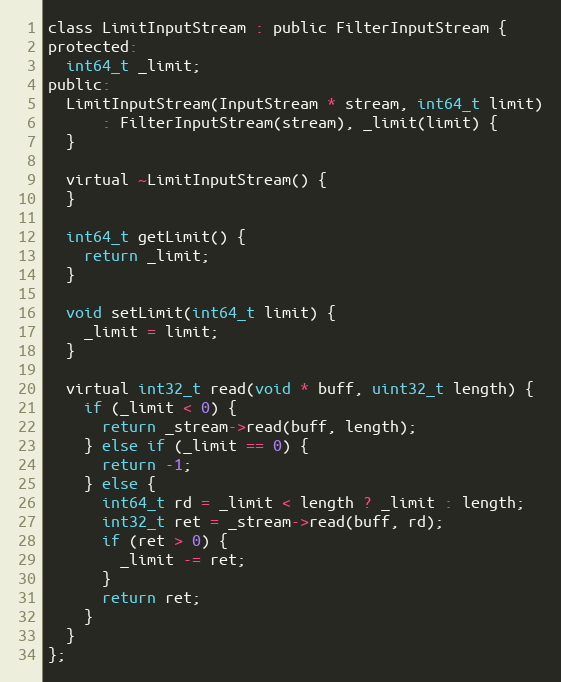
Language: C
class LimitInputStream : public FilterInputStream {
protected:
  int64_t _limit;
public:
  LimitInputStream(InputStream * stream, int64_t limit)
      : FilterInputStream(stream), _limit(limit) {
  }

  virtual ~LimitInputStream() {
  }

  int64_t getLimit() {
    return _limit;
  }

  void setLimit(int64_t limit) {
    _limit = limit;
  }

  virtual int32_t read(void * buff, uint32_t length) {
    if (_limit < 0) {
      return _stream->read(buff, length);
    } else if (_limit == 0) {
      return -1;
    } else {
      int64_t rd = _limit < length ? _limit : length;
      int32_t ret = _stream->read(buff, rd);
      if (ret > 0) {
        _limit -= ret;
      }
      return ret;
    }
  }
};